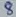
Text: 8